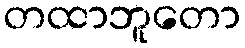
တထာဘူတော